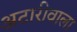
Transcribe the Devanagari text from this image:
अटारीवाला